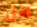
هل